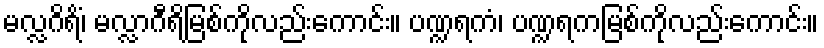
မလ္လဂိရိံ၊ မလ္လာဂီရိမြစ်ကိုလည်းကောင်း။ ပဏ္ဍရကံ၊ ပဏ္ဍရကမြစ်ကိုလည်းကောင်း။